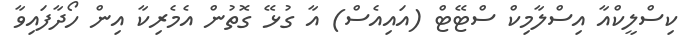
ކިސްލީކްއާ އިސްލާމިކް ސްޓޭޓް (އައިއެސް) އާ ގުޅޭ ގޮތުން އެމެރިކާ އިން ހޯދާފައިވާ